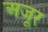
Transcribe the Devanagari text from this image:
अजूर